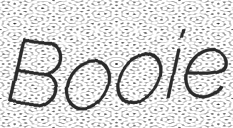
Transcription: Booie